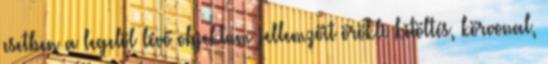
esetben a legelöl lévő objektum jellemzőit örökli kitöltés, körvonal,